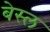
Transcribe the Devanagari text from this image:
बेस्ल